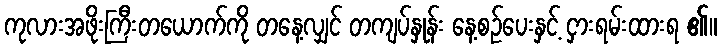
ကုလားအဖိုးကြီးတယောက်ကို တနေ့လျှင် တကျပ်နှုန်း နေ့စဉ်ပေးနှင့် ငှားရမ်းထားရ ၏။